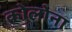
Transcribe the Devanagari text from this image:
कोलोना